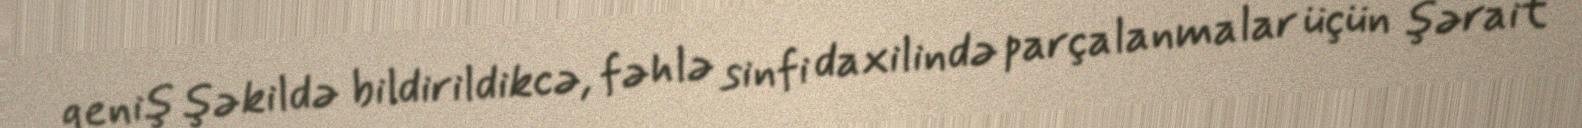
geniş şəkildə bildirildikcə, fəhlə sinfi daxilində parçalanmalar üçün şərait